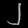
Digit: ၂